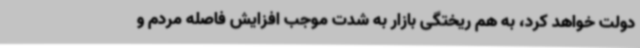
دولت خواهد کرد، به هم ریختگی بازار به شدت موجب افزایش فاصله مردم و